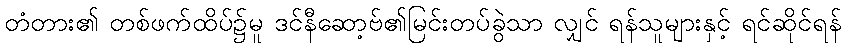
တံတား၏ တစ်ဖက်ထိပ်၌မူ ဒင်နီဆော့ဗ်၏မြင်းတပ်ခွဲသာ လျှင် ရန်သူများနှင့် ရင်ဆိုင်ရန်